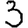
Digit: 3